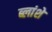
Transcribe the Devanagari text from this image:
ब्लांशे